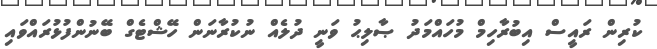
ކުރިން ރައީސް އިބުރާހިމް މުހައްމަދު ޞާލިޙު ވަނީ ދުލެއް ނުކުރާނަން ހޭޝްޓެގް ބޭނުންފުޅުުރައްވައި